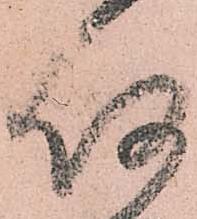
何